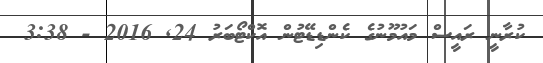
ކުރާނީ ރައީސް މައުމޫނުގެ ކެންޑިޑޭޓުން އޮކްޓޯބަރު 24